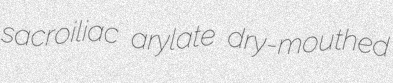
sacroiliac arylate dry-mouthed